Bulletin of the Pasteur Institute of Southern India, Coonoor - No. 3.
Year: 1910
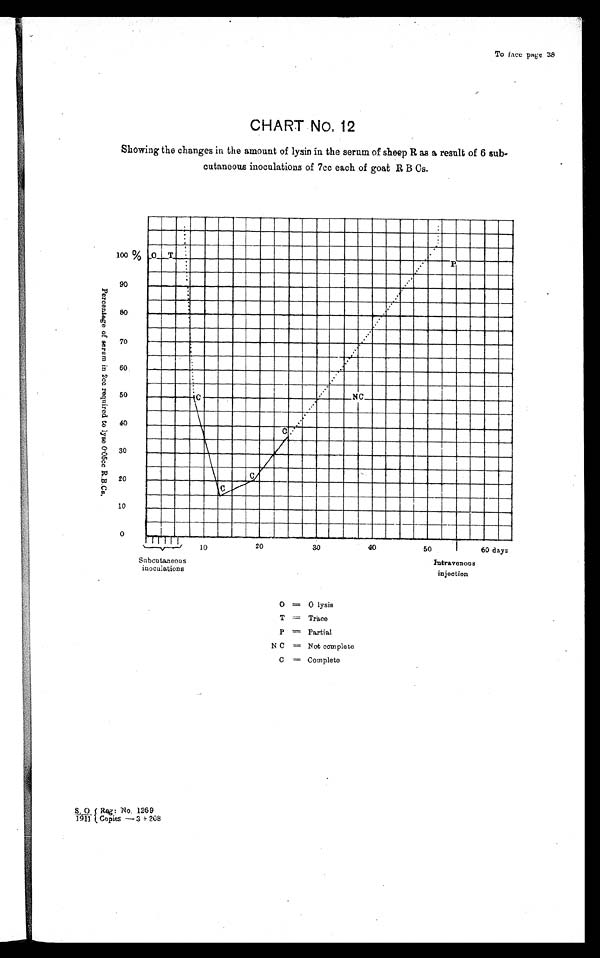
Subcutaneous
inoculations
Intravenous
injection
To face page 38
CHART NO. 12
Showing the changes in the amount of lysin in the serum of sheep R as a result of 6 sub.
cutaneous inoculations of 7cc each of goat R B Cs.
O
e
a
ti
2
7
CJ
d
o = 0 lysis
T = Trace
P = Partial
N C = Not complete
C = Complete
S.0.
1911
Rag: No. 126 9
.Copies — 3 + 208